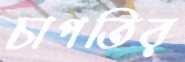
চাপতির